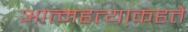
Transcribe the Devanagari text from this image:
आत्महत्याकहते